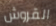
القروش